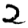
Digit: 2